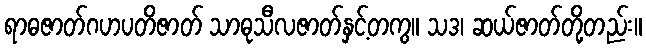
ရာဓဇာတ်ဂဟပတိဇာတ် သာဓုသီလဇာတ်နှင့်တကွ။ သဒ၊ ဆယ်ဇာတ်တို့တည်း။